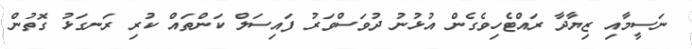
ނަސީމާއި ޒިޔާދާ ރައްޓެހިވެގެން އުޅުނު ދުވަސްވަރު ފައިސަލް ކަންތައް ކުރި ރަނގަޅު ގޮތުން